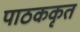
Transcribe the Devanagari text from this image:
पाठककृत